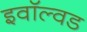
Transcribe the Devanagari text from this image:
इवॉल्वड